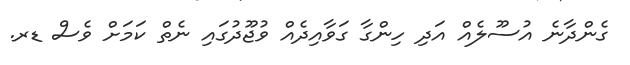
ގެންދާނެ އުސޫލެއް އަދި ހިންގާ ގަވާއިދެއް ވުޖޫދުގައި ނެތް ކަމަށް ވެސް ޑރ.